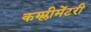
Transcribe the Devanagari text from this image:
कम्प्लीमेंटरी